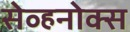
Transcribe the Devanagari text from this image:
सेव्हनोक्स